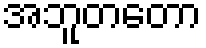
အဘူတတော